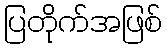
ပြတိုက်အဖြစ်